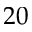
2 0